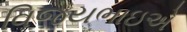
વિજયભાઇએ